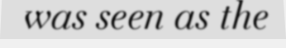
was seen as the